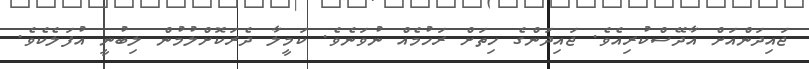
ޖައިދަންއަށް އާދޭސްކުރިއެވެ. ޖައިދަންގެ ހިތަށް ރަހުމެއް ނުވަނެވެ. ކަމީލާ ދެރަކޮށްލުމުން ލިބުނީ އުފަލެކެވެ.